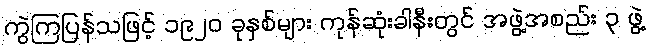
ကွဲကြပြန်သဖြင့် ၁၉၂၀ ခုနှစ်များ ကုန်ဆုံးခါနီးတွင် အဖွဲ့အစည်း ၃ ဖွဲ့